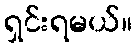
ရှင်းရမယ်။